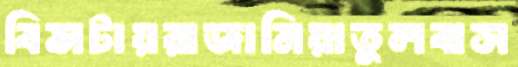
বিন্সটায়রাজামিয়াতুলবাস